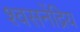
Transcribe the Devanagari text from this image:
श्वसनेंद्रिय